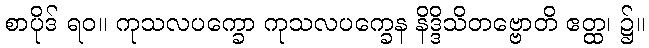
စာပိုဒ် ရဝ။ ကုသလပက္ခော ကုသလပက္ခေန နိဒ္ဒိသိတဗ္ဗောတိ ဧတ္ထ၊ ၌။